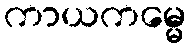
ကာယကမ္မေ